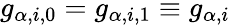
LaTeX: g_{\alpha,i,0}=g_{\alpha,i,1}\equiv g_{\alpha,i}